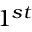
{ 1 } ^ { s t }